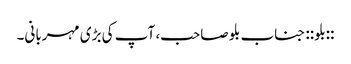
::بلو:: جناب بلو صاحب، آپ کی بڑی مہربانی۔